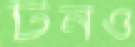
টনও